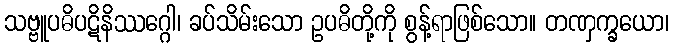
သဗ္ဗူပဓိပဋိနိဿဂ္ဂေါ၊ ခပ်သိမ်းသော ဥပဓိတို့ကို စွန့်ရာဖြစ်သော။ တဏှက္ခယော၊